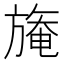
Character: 𣄑